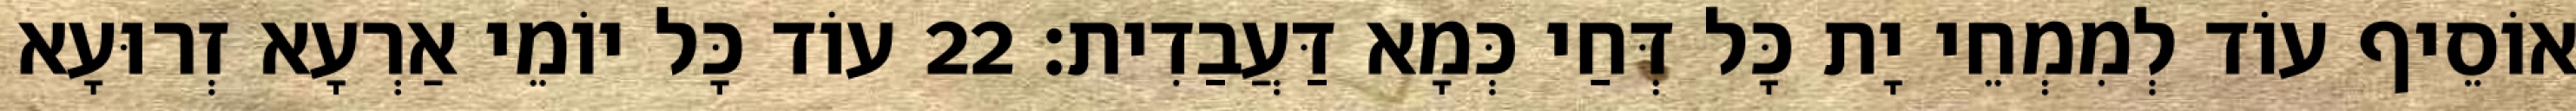
אוֹסֵיף עוֹד לְמִמְחֵי יָת כָּל דְּחַי כְּמָא דַּעֲבַדִית׃ 22 עוֹד כָּל יוֹמֵי אַרְעָא זְרוּעָא